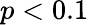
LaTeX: p<0.1